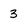
Character: 3